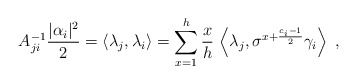
\begin{align*}A_{ji}^{-1}\frac{|\alpha _{i}|^{2}}{2}=\left\langle \lambda _{j},\lambda_{i}\right\rangle =\sum_{x=1}^{h}\frac{x}{h}\,\left\langle \lambda_{j},\sigma ^{x+\frac{c_{i}-1}{2}}\gamma _{i}\right\rangle \;,\end{align*}